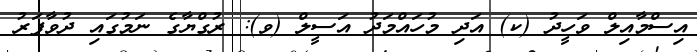
އިސްމާއިލް ވަހީދު (ކ) އަދި މުހައްމަދު އަސީލް (ވ): ރުގްޔާގެ ނަމުގައި ދުވާފަރު